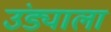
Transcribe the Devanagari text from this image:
उंड्याला